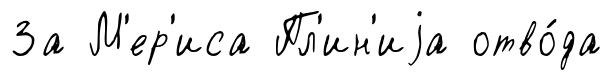
За М'ер'иса Пл'ин'иjа отво́да